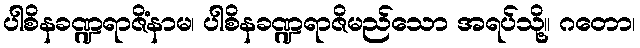
ပါစိနခဏ္ဍရာဇိံနာမ၊ ပါစိနခဏ္ဍရာဇိမည်သော အရပ်သို့။ ဂတော၊